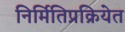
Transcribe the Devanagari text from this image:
निर्मितिप्रक्रियेत